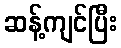
ဆန့်ကျင်ပြီး